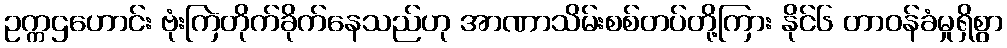
ဥက္ကဌဟောင်း ဗုံးကြဲတိုက်ခိုက်နေသည်ဟု အာဏာသိမ်းစစ်တပ်တို့ကြား နိုင်၆ တာဝန်ခံမှုရှိစွာ